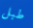
طبل